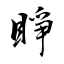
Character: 睜